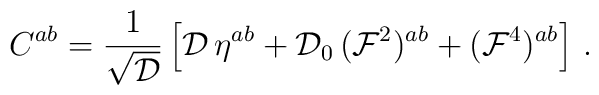
C^{ab} = {1\over \sqrt{\cal D}}\left[ {\cal D}\, \eta^{ab} + {\cal D}_0 \, ({\cal F}^2)^{ab} +({\cal F}^4)^{ab} \right] \, .